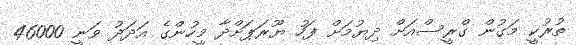
ތުރުކީ މަގުން ގްރީސްއަށް ދިޔުމަށް ފަހު ޔޫރަޕަށްދާ މީހުންގެ އަދަދު ވަނީ 46000